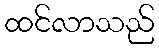
ထင်လာသည်